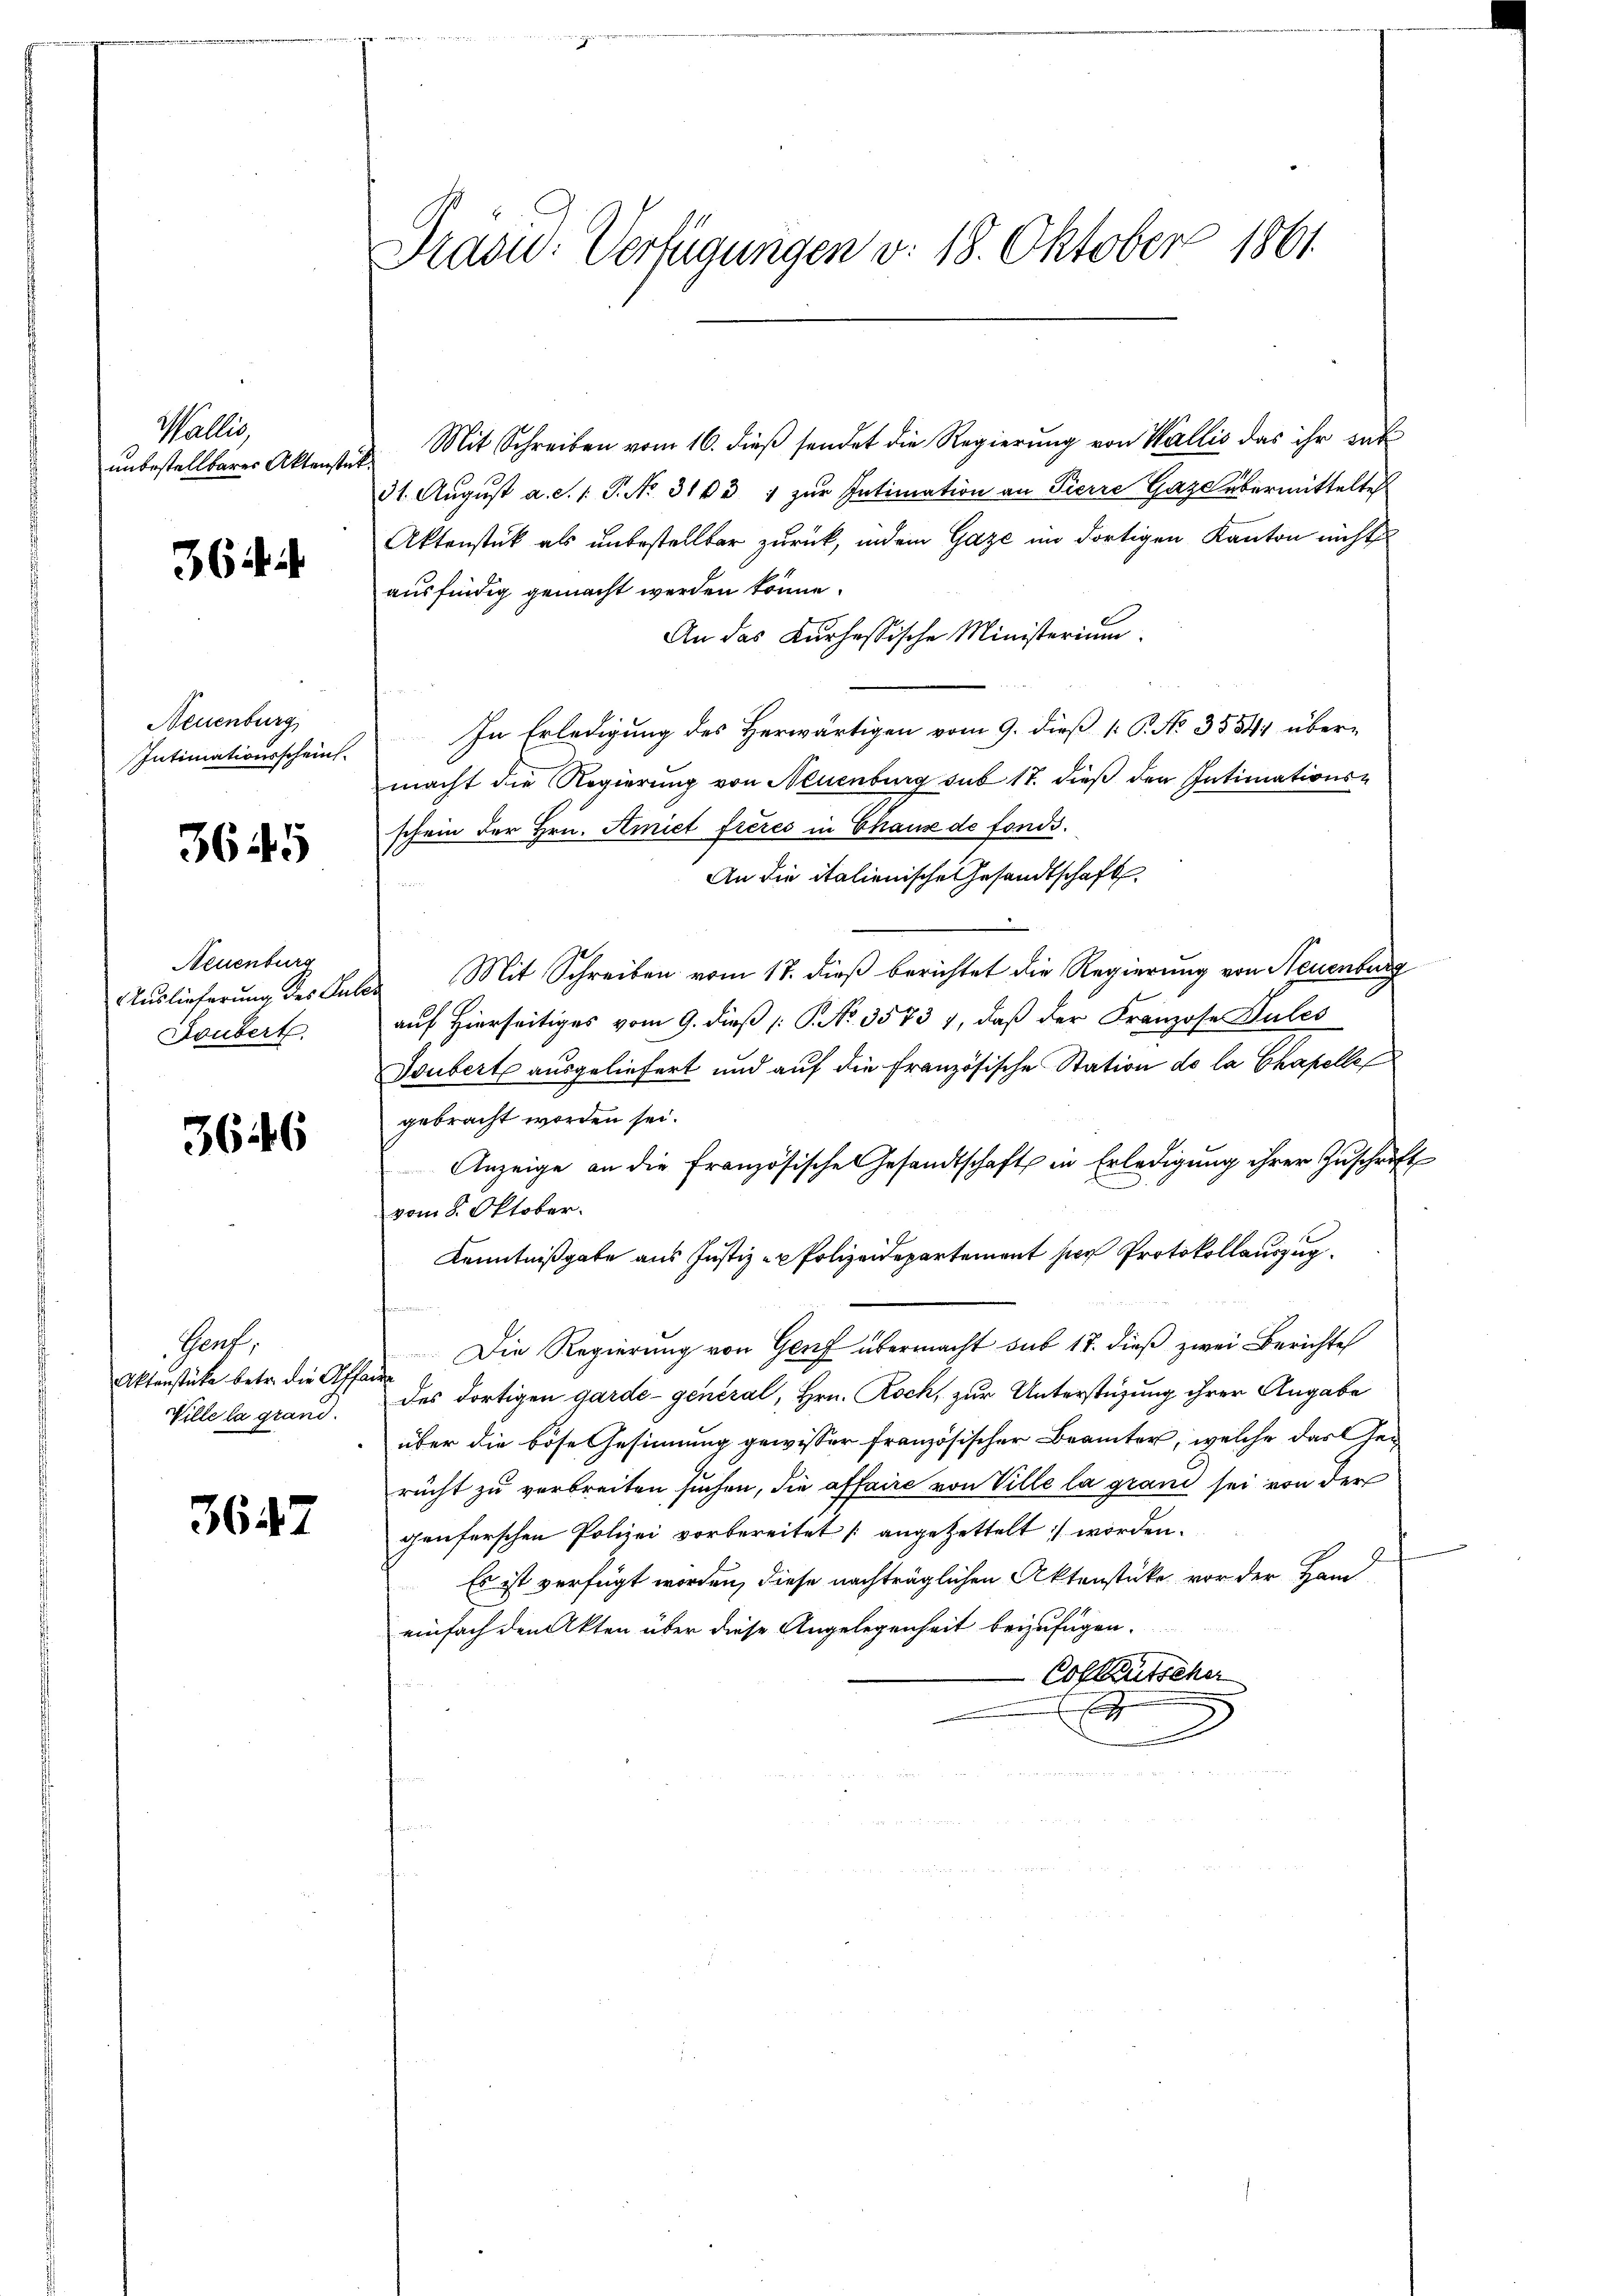
Wallis,
unbestellbarer Aktenstück.

364.

Neuenburg
Intimationsschein.

3645

Neuenburg
Auslieferung des Gute
Doubert.

3646

Genf,
Aktenstüke betr. die Affaire
Wille la grand.

3647

Präsid.: Verfügungen v. 18. Oktober 1861

Mit Schreiben vom 16. dieß sendet die Regierung von Wallis das ihr sub
31. Aŭgŭst a. S. 1. P. No. 313 1 zur Intimation an Pierre Gaze übermittelte
Aktenstück als unbestellbar zurück, indem Gaze im dortigen Kanton nicht
ausfindig gemacht werden könne.
An das Kurhessische Ministerium.
In Erledigung des Herwärtigen vom 9. dieß [ P. No. 3584 übermacht die Regierung von Neuenburg sub 17. dieß den Intimationsschein der Hrn. Amiet frères in Chause de fonds.
An die italienische Gesandtschaft
 Mit Schreiben vom 18. dieß berichtet die Regierung von Neuenburg
auf Hierseitiges vom 9. dieß P. No. 3573 1, daß der Franzose Pules
Tubert ausgeliefert und auf die Französische Station de la Chapelle
gebracht worden sei.
Anzeige an die französische Gesandtschaft in Erledigung ihrer Zuschrift
vom 8. Oktober.
Kenntnißgabe aus Justiz - Polizeidepartement hier Protokollauszug
Die Regierung von Genf übermacht sub 17. dieß zwei Berichte
des dortigen garde- general, Hrn. Roch, zur Unterstüzung ihrer Angabe
über die böse Gesinnung gewisser französischer Beamter, welche das Gerecht zu verbreiten suchen, die affaire von Ville la grand sei von der
genferschen Polizei vorbereitet (angezettelt worden.
8
Es ist verfügt worden, diese nachträglichen Aktenstücke vor der Ham
einfach den Akten über diese Angelegenheit beizufügen.
Collentscher
.